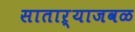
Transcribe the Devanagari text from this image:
साताऱ्याजवळ